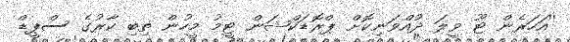
''އަހަރެން ޓޫ ވީލަ ދުއްވަނިކޮށް ޕްރޮޑަކްޝަން ޓީމު މީހުން ތިބި ކާރުގެ ސްޕީޑް